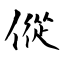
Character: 傱